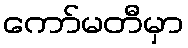
ကော်မတီမှာ